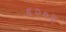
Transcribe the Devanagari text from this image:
६२०३